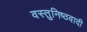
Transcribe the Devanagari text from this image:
वस्तुनिष्ठवादी